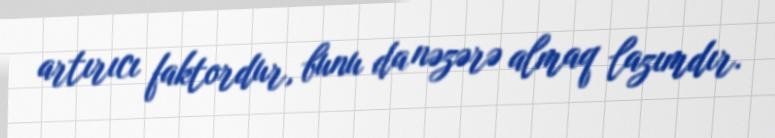
artırıcı faktordur, bunu da nəzərə almaq lazımdır.